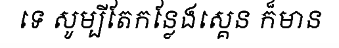
ទេ សូម្បីតែកន្លែងស្គេន ក៏មាន